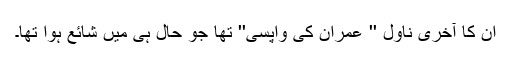
ان کا آخری ناول '' عمران کی واپسی'' تھا جو حال ہی میں شائع ہوا تھا۔